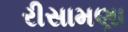
રીસામણા